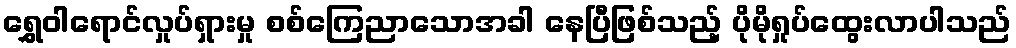
ရွှေဝါရောင်လှုပ်ရှားမှု စစ်ကြေညာသောအခါ နေပြီဖြစ်သည့် ပိုမိုရှုပ်ထွေးလာပါသည်